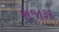
શજારૂર